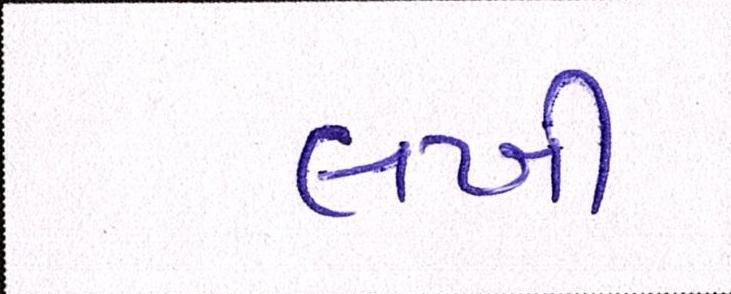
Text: લખી